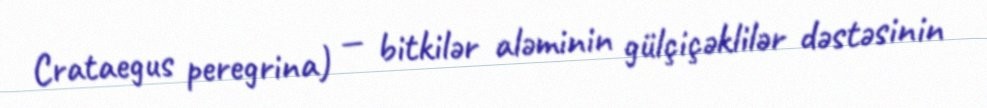
Crataegus peregrina) — bitkilər aləminin gülçiçəklilər dəstəsinin